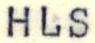
HLS